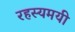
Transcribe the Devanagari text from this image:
रहस्‍यमयी